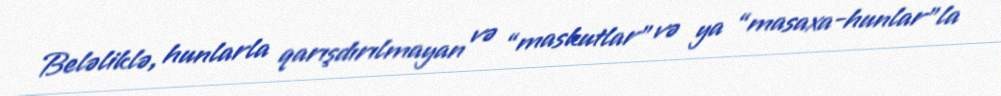
Beləliklə, hunlarla qarışdırılmayan və “maskutlar” və ya “masaxa-hunlar”la